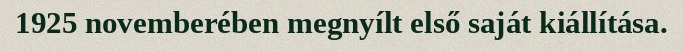
1925 novemberében megnyílt első saját kiállítása.